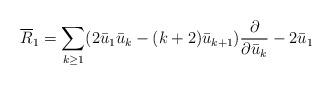
LaTeX: \begin{gather*}\overline{R}_1=\sum\limits_{k\ge1}(2\bar{u}_1\bar{u}_{k}-(k+2)\bar{u}_{k+1})\frac{\partial}{\partial\bar{u}_k}-2\bar{u}_1\end{gather*}